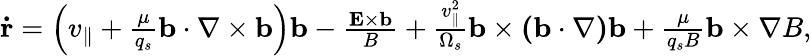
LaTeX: \begin{array}{r}{\mathbf{\dot{r}}=\left(v_{\parallel}+\frac{\mu}{q_{s}}\mathbf{b\cdot\nabla\times b}\right)\mathbf{b}-\frac{\mathbf{E}\times\mathbf{b}}{B}+\frac{v_{\parallel}^{2}}{\Omega_{s}}\mathbf{b}\times\mathbf{(b\cdot\nabla)b}+\frac{\mu}{q_{s}B}\mathbf{b}\times\nabla B,}\end{array}